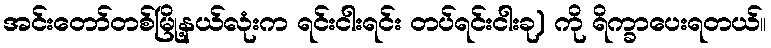
အင်းတော်တစ်မြို့နယ်လုံးက ရင်းငါးရင်း တပ်ရင်းငါးခု) ကို ရိက္ခာပေးရတယ်။